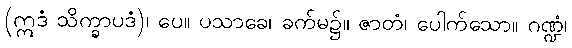
(ဣဒံ သိက္ခာပဒံ)၊ ပေ။ ပသာခေ၊ ခက်မ၌။ ဇာတံ၊ ပေါက်သော။ ဂဏ္ဍံ၊